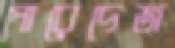
পারেদেজ